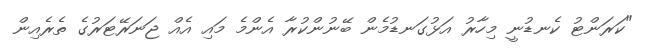
"ކަރަންޓު ކެނޑުނީ މިހާރު އަޅުގަނޑުމެން ބޭނުންކުރާ އެންމެ މައި އެއް ޖަނަރޭޓަރުގެ ތެރެއިން